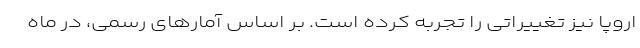
اروپا نیز تغییراتی را تجربه کرده است. بر اساس آمارهای رسمی، در ماه